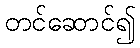
တင်ဆောင်၍